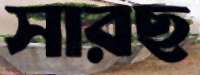
সারছ